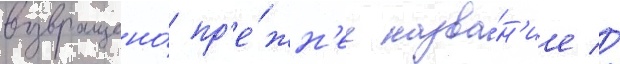
возвращено́ пр'е́жн'ее назва́н'ие //